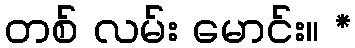
တစ် လမ်း မောင်း။ *